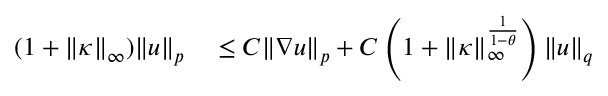
\begin{array} { r l } { ( 1 + \| \kappa \| _ { \infty } ) \| u \| _ { p } } & { { } \leq C \| \nabla u \| _ { p } + C \left( 1 + \| \kappa \| _ { \infty } ^ { \frac { 1 } { 1 - \theta } } \right) \| u \| _ { q } } \end{array}